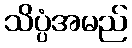
သိပ္ပံအမည်